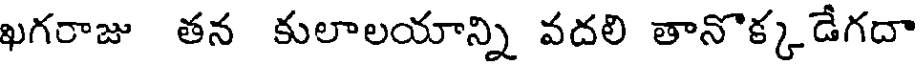
ఖగరాజు తన కులాలయాన్ని వదలి తానొక్క డేగదా